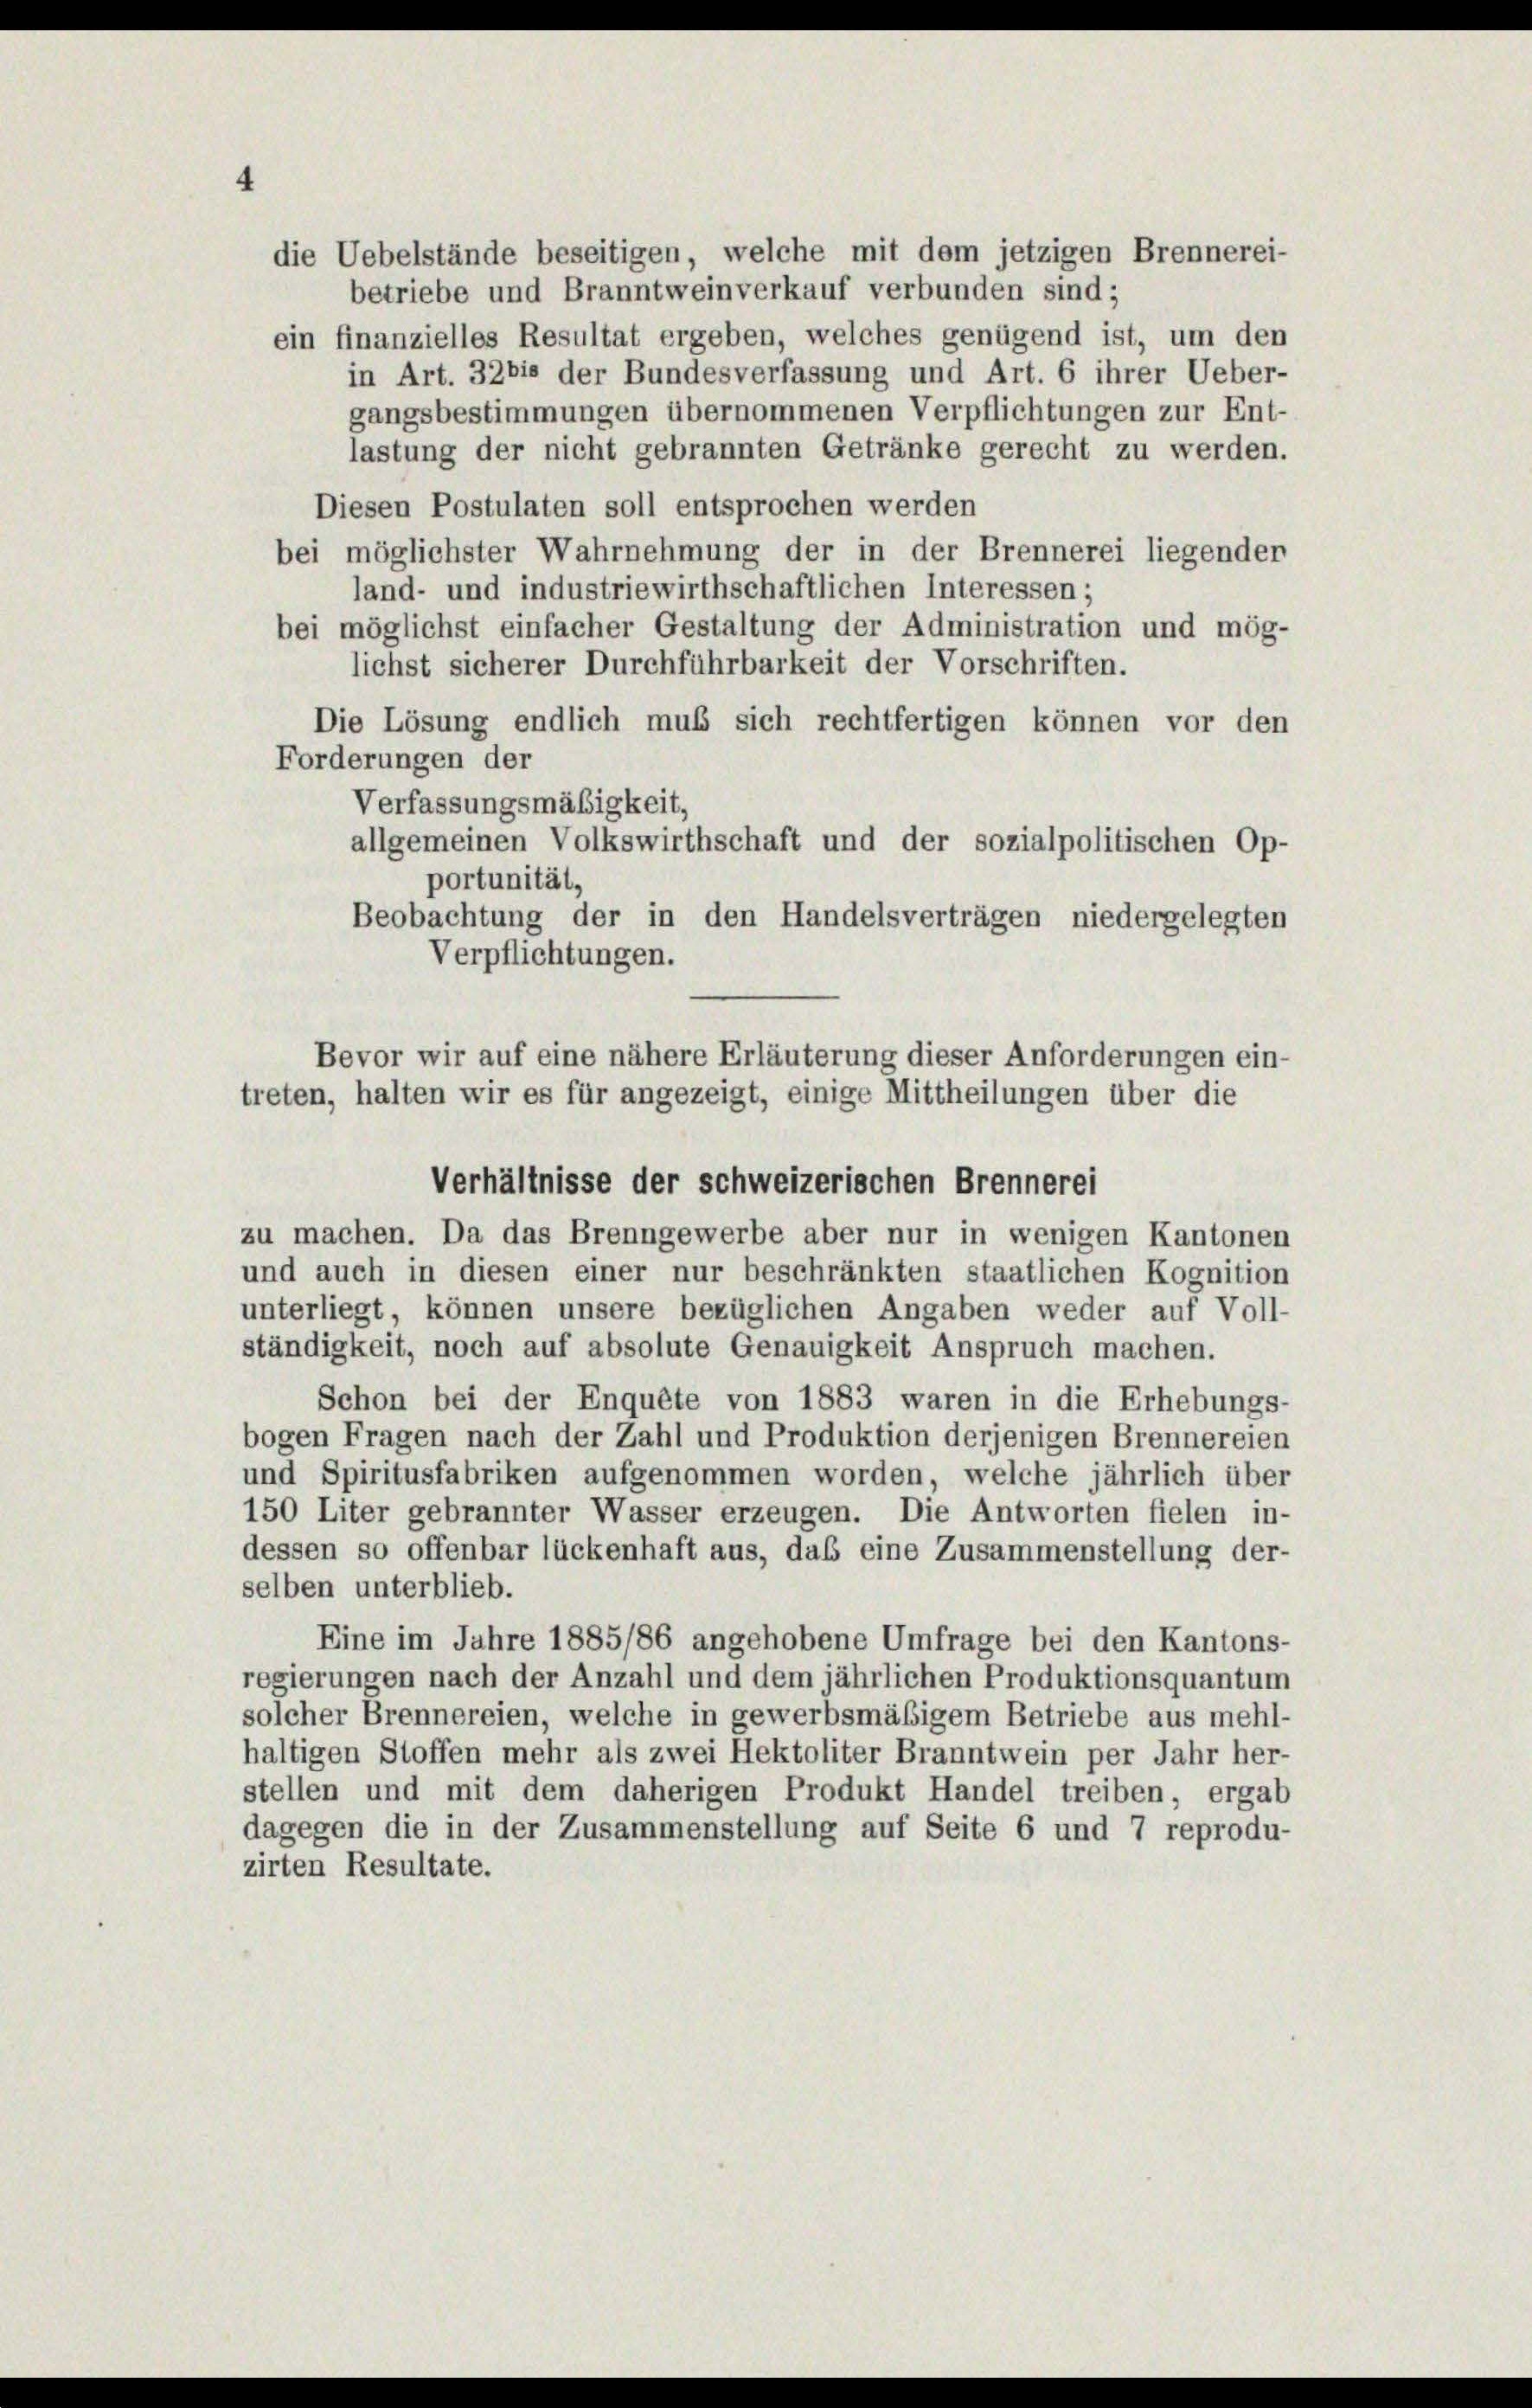
die Uebelstände beseitigen, welche mit dem jetzigen Brennerei-
betriebe und Branntweinverkauf verbunden sind;
ein finanzielles Resultat ergeben, welches genügend ist, um den
in Art. 32 bis der Bundesverfassung und Art. 6 ihrer Ueber-
gangsbestimmungen übernommenen Verpflichtungen zur Ent-
lastung der nicht gebrannten Getränke gerecht zu werden.
Diesen Postulaten soll entsprochen werden
bei möglichster Wahrnehmung der in der Brennerei liegenden
land- und industriewirthschaftlichen Interessen;
bei möglichst einfacher Gestaltung der Administration und mög-
lichst sicherer Durchführbarkeit der Vorschriften.
Die Lösung endlich muß sich rechtfertigen können vor den
Forderungen der
Verfassungsmäßigkeit,
allgemeinen Volkswirthschaft und der sozialpolitischen Op-
portunität,
Beobachtung der in den Handelsverträgen niedergelegten
Verpflichtungen.
treten, halten wir es für angezeigt, einige Mittheilungen über die
Verhältnisse der schweizerischen Brennerei
zu machen. Da das Brenngewerbe aber nur in wenigen Kantonen
und auch in diesen einer nur beschränkten staatlichen Kognition
unterliegt, können unsere bezüglichen Angaben weder auf Voll-
ständigkeit, noch auf absolute Genauigkeit Anspruch machen.
Schon bei der Enquête von 1883 waren in die Erhebungs-
bogen Fragen nach der Zahl und Produktion derjenigen Brennereien
und Spiritusfabriken aufgenommen worden, welche jährlich über
150 Liter gebrannter Wasser erzeugen. Die Antworten fielen in-
dessen so offenbar lückenhaft aus, daß eine Zusammenstellung der-
selben unterblieb.
Eine im Jahre 1885/86 angehobene Umfrage bei den Kantons-
regierungen nach der Anzahl und dem jährlichen Produktionsquantum
solcher Brennereien, welche in gewerbsmäßigem Betriebe aus mehl-
haltigen Stoffen mehr als zwei Hektoliter Branntwein per Jahr her-
stellen und mit dem daherigen Produkt Handel treiben, ergab
dagegen die in der Zusammenstellung auf Seite 6 und 7 reprodu-
zirten Resultate.

Bevor wir auf eine nähere Erläuterung dieser Anforderungen ein-